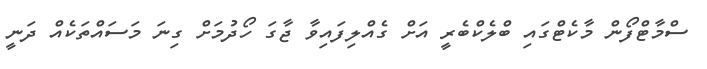
ސްމާޓްފޯން މާކެޓްގައި ބްލެކްބެރީ އަށް ގެއްލިފައިވާ ޖާގަ ހޯދުމަށް ގިނަ މަސައްތަކެއް ދަނީ